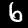
Digit: 6